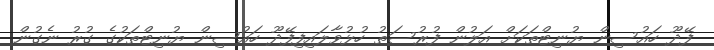
ފޭދޫ ހައުސިން ޔުނިޓްތަކަށް އަލުން ފުރުސަތު ހުޅުވާލައިފިފޭދޫ ހައުސިން ޔުނިޓްތަކުގެ ގުރު ނެގުން